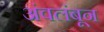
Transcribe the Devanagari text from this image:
अंवलंबून